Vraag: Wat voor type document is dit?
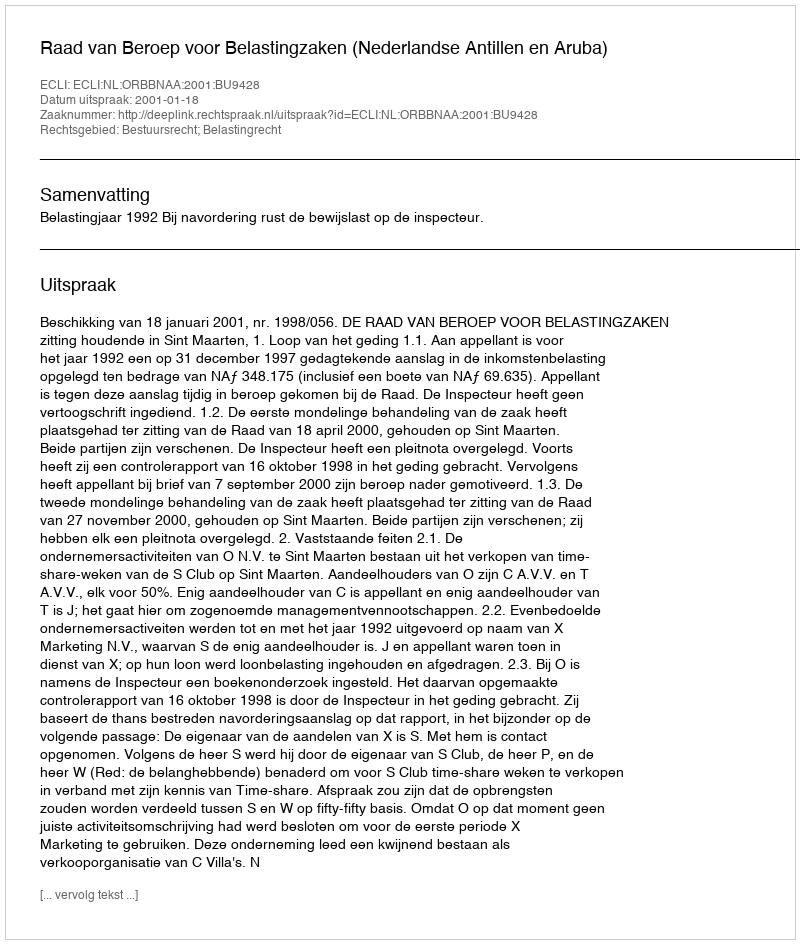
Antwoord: Uitspraak